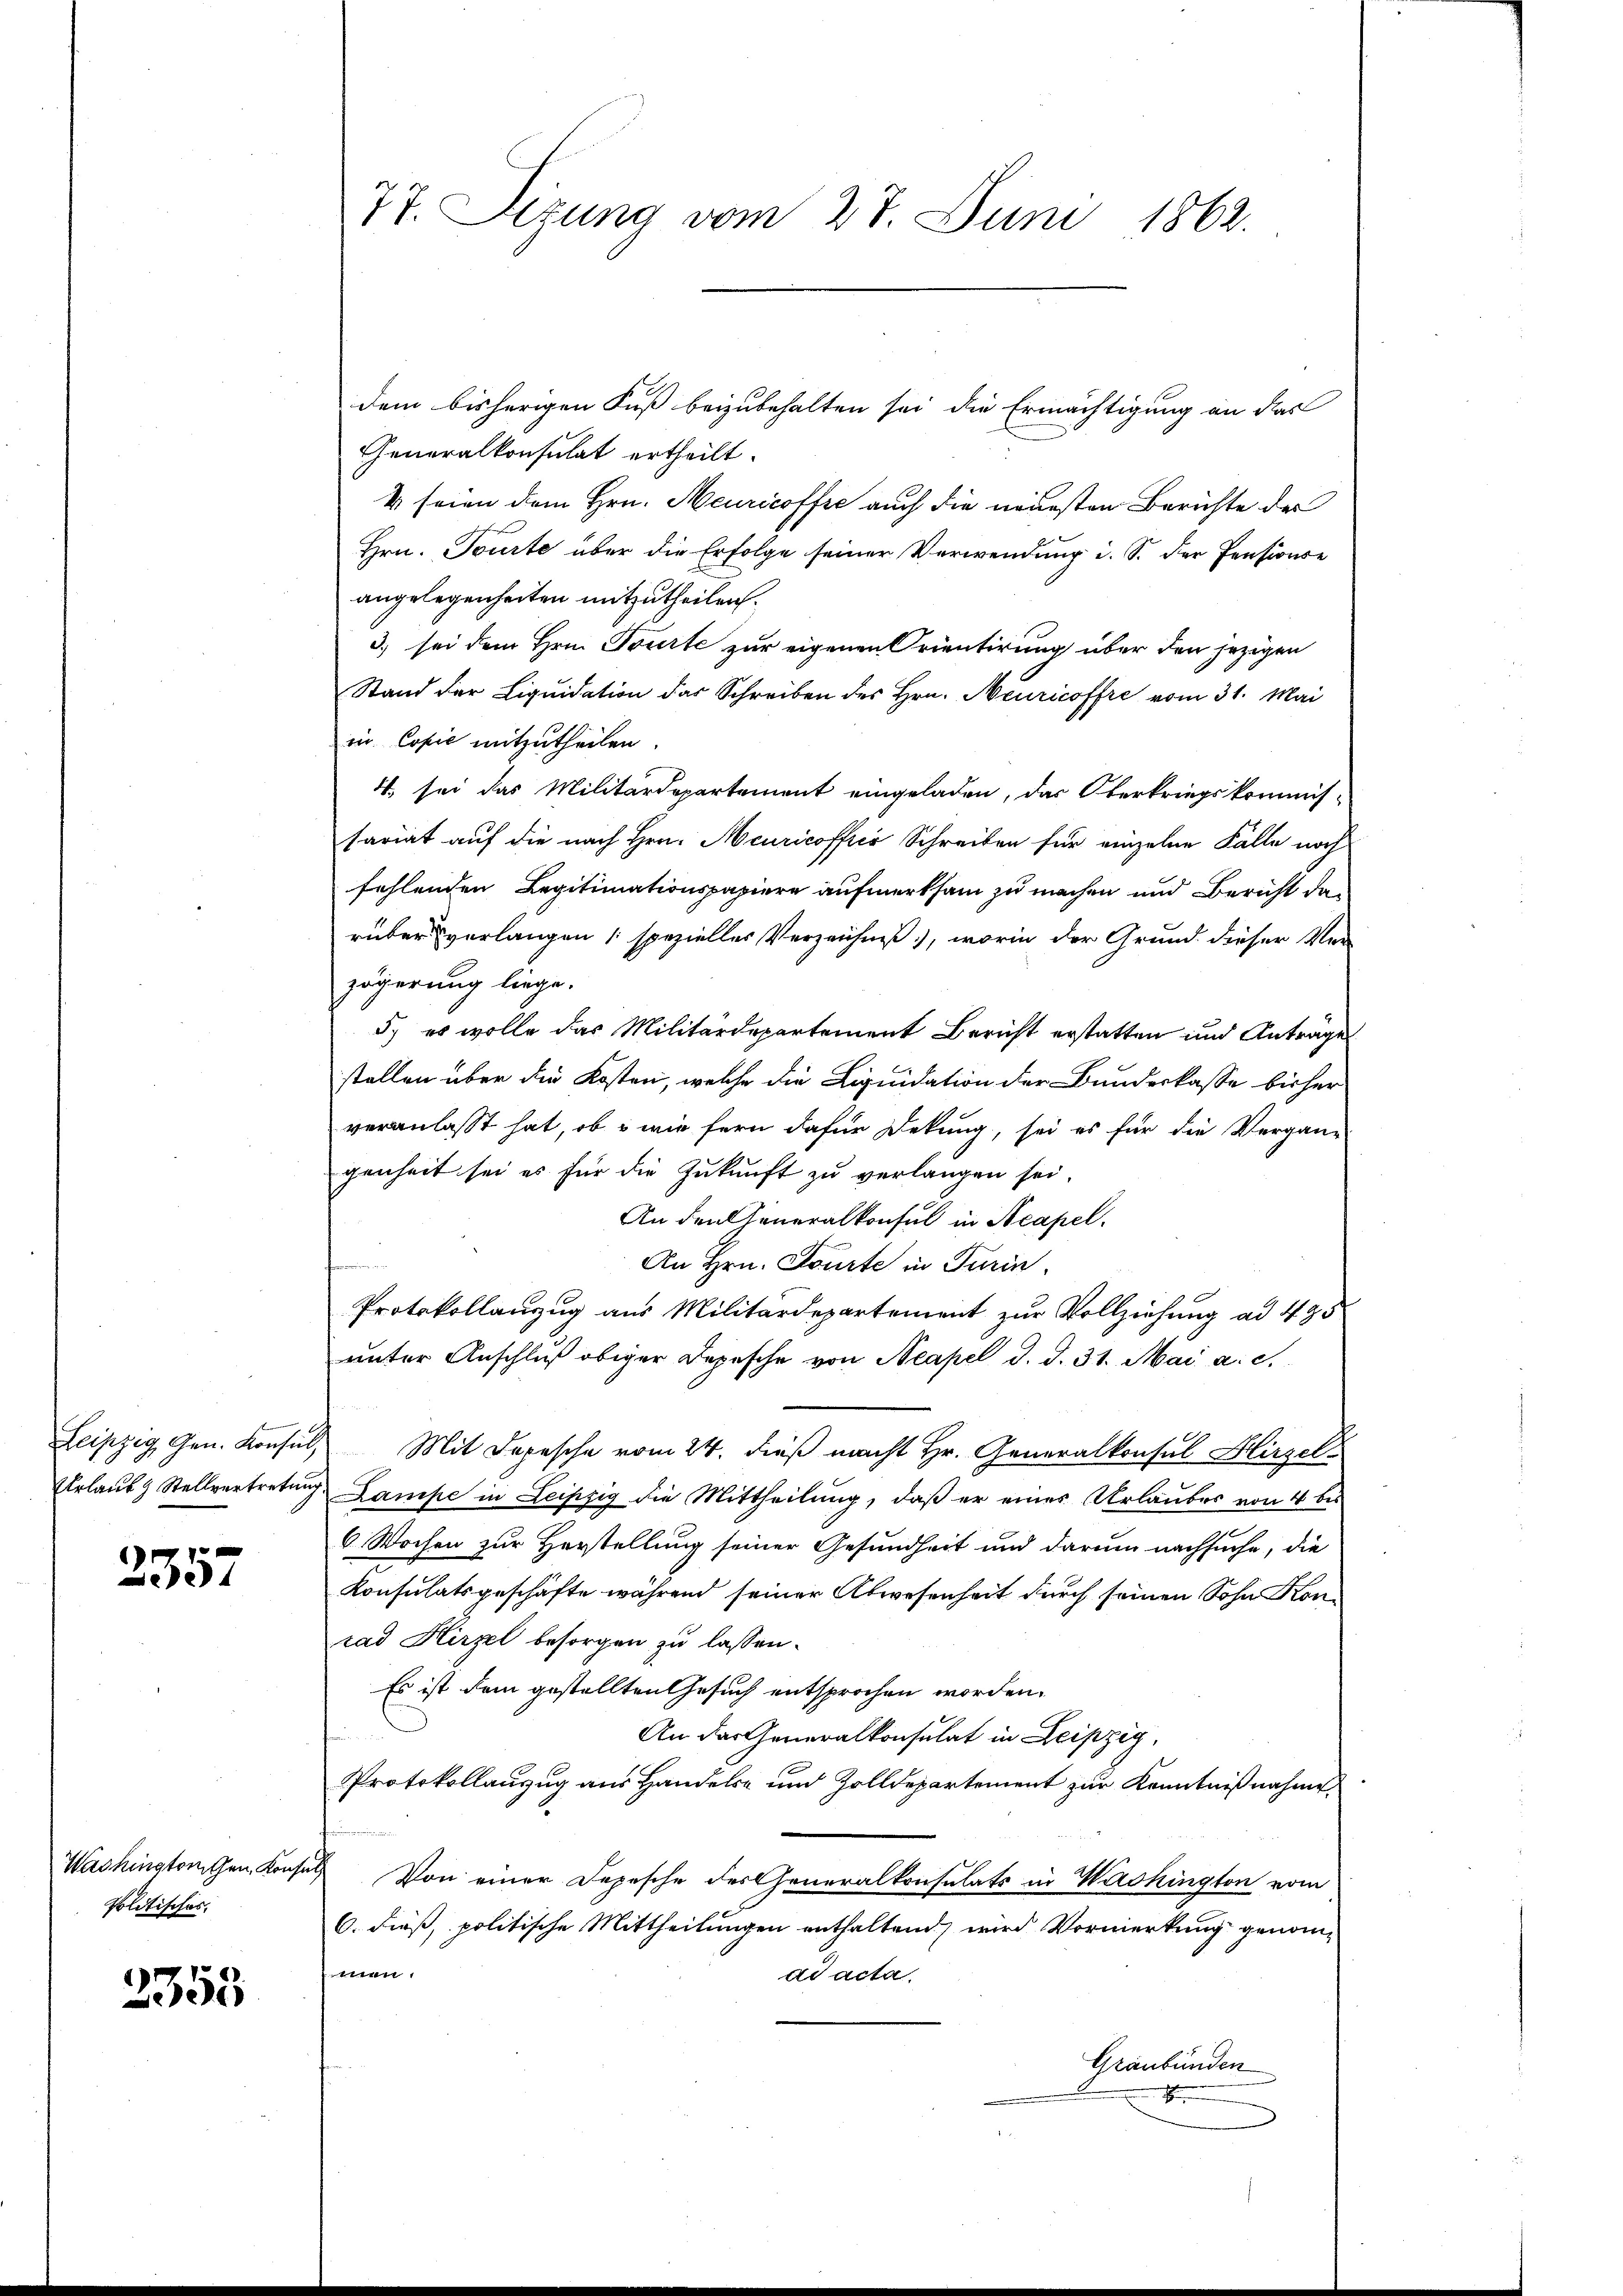
2357

Washingtonischen Konfe
Politisches.

2355

77. Sizung vom 27. Juni 1862.

dem bisherigen Fuß beizubehalten sei die Ermächtigung an das
Generalkonsulat ertheilt.
4 seien dem Hrn. Meuricoffre auch die neuesten Berichte der
Hrn. Tourte über die Erfolge seiner Verwendung i. S. der Pensionse
angelegenheiten mitzutheilen.
3) sei dem Hrn. Tourte zur eigenen Orientirung über den jezigen
Stand der Liqŭidation das Schreiben des Hrn. Neuricoffre vom 31. Mai
in Copić mitzutheilen.
4 sei das Militärdepartement eingeladen, das Oberkriegskommis-
sariat auf die nach Hrn. Meuricoffici Schreiben für einzelne Fälle noch
fehlenden Legitimationspapiere aufmerksam zu machen und Bericht da
rüber verlangen spezielles Verzeichniß, worin der Grund dieser Ver-
zögerung liege.
5.) es wolle das Militärdepartement Bericht erstatten und Antrages
stellen über die Kosten, welche die Liquidation der Bundeskasse bisher
veranlasst hat, ob u wie fern dafür Dekung, sei es für die Vergan-
genheit sei es für die Zukunft zu verlangen sei,
An den Generalkonsul in Acapel.
e
An Hrn. Tourte in Turin
Protokollanzug aus Militärdepartement zur Vollziehung ad 495
unter Anschluß obiger Depesche von Neapel d. d. 31. Mai a. c.
Leipzig Gen. Konsul Mit Depesche vom 24. dieß macht Hr. Generalkonsul Hirzel-
Urlaub & Stellvertretung Lampe in Leipzig die Mittheilung, daß er einer Urlaubes von 4 bis
6 Wochen zur Herstellung seiner Gesundheit und darum nachsuche, die
Konsulatsgeschäfte während seiner Abwesenheit durch seinen Sohn Konrad Hirzel besorgen zu lassen.
Es ist dem gestellten Gesuch entsprochen worden.
An das Generalkonsulat in Leipzig,
Protokollauszug aus Handels- und Zolldepartement zur Kenntnißnahme
uch
Von einer Depesche des Generalkonsulats in Washington vom
6. dieß, politische Mittheilungen enthaltend, wird Vormerkung genommen.
ad acta.
Graubünden
F